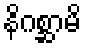
နိဂစ္ဆာမိ